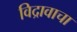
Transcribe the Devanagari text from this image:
विद्रावाचा